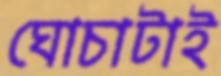
ঘোচাটাই